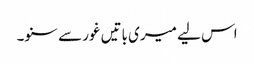
اس لیے میری باتیں غور سے سنو۔